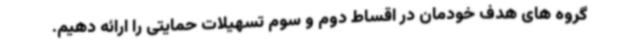
گروه های هدف خودمان در اقساط دوم و سوم تسهیلات حمایتی را ارائه دهیم.